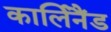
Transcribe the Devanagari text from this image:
कार्लिनैंड